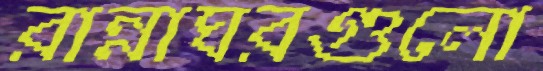
রান্নাঘরগুলো